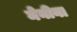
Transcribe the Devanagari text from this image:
मेनीना